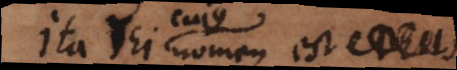
Ita Dei nomen est